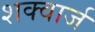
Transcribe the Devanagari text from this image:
शक्वार्ज